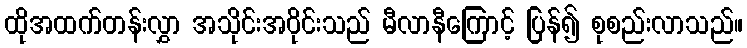
ထိုအထက်တန်းလွှာ အသိုင်းအဝိုင်းသည် မီလာနီကြောင့် ပြန်၍ စုစည်းလာသည်။